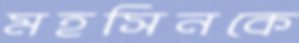
মহসিনকে